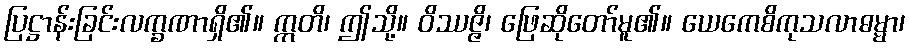
ပြဋ္ဌာန်းခြင်းလက္ခဏာရှိ၏။ ဣတိ၊ ဤသို့။ ဝိဿဇ္ဇိ၊ ဖြေဆိုတော်မူ၏။ ယေကေစိကုသလာဓမ္မာ၊